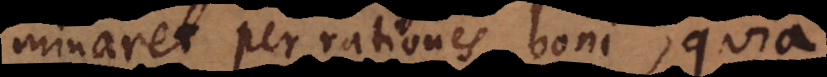
minaret per rationes boni, quia